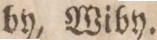
by, Wiby.